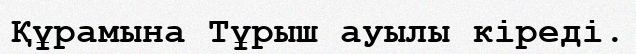
Құрамына Тұрыш ауылы кіреді.